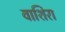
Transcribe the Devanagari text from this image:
वाशिरा